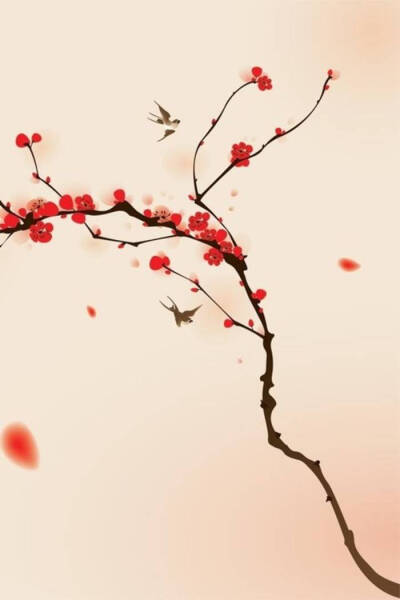
已见寒梅发，复闻啼鸟声。